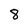
Character: 8